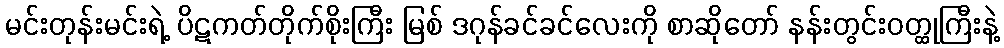
မင်းတုန်းမင်းရဲ့ ပိဋကတ်တိုက်စိုးကြီး မြစ် ဒဂုန်ခင်ခင်လေးကို စာဆိုတော် နန်းတွင်းဝတ္ထုကြီးနဲ့